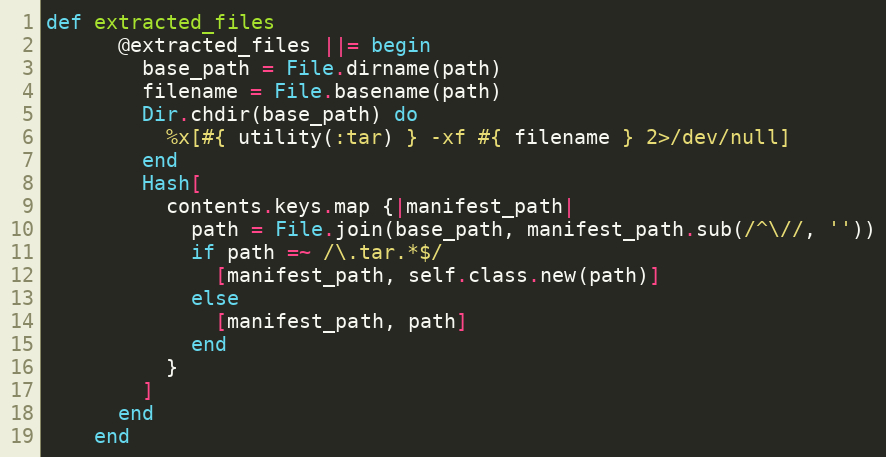
Language: Ruby
def extracted_files
      @extracted_files ||= begin
        base_path = File.dirname(path)
        filename = File.basename(path)
        Dir.chdir(base_path) do
          %x[#{ utility(:tar) } -xf #{ filename } 2>/dev/null]
        end
        Hash[
          contents.keys.map {|manifest_path|
            path = File.join(base_path, manifest_path.sub(/^\//, ''))
            if path =~ /\.tar.*$/
              [manifest_path, self.class.new(path)]
            else
              [manifest_path, path]
            end
          }
        ]
      end
    end